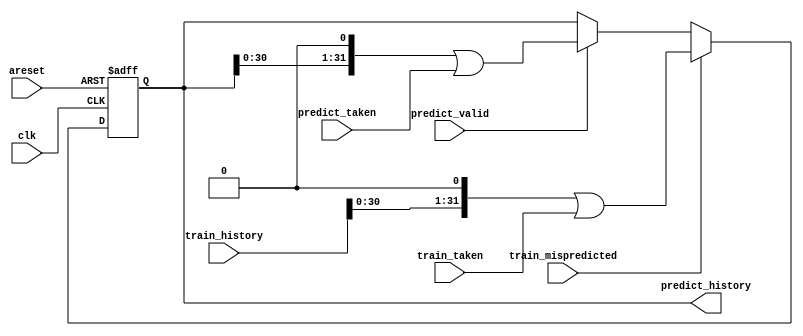
module top_module(
    input clk,
    input areset,

    input predict_valid,
    input predict_taken,
    output [31:0] predict_history,

    input train_mispredicted,
    input train_taken,
    input [31:0] train_history
);
    
    always @(posedge clk, posedge areset) begin   
        if(areset) 						// asynchronous reset that resets the history counter to zero.
            predict_history <= 0;      
        else if (train_mispredicted)
            predict_history <= ( train_history << 1 | train_taken );
        else if (predict_valid)
            predict_history <= ( predict_history << 1 | predict_taken );
    end
    
endmodule